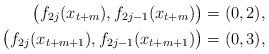
LaTeX: \begin{align*}\big(f_{2j}(x_{t+m}), f_{2j-1}(x_{t+m})\big) &= (0,2),\\\big(f_{2j}(x_{t+m+1}), f_{2j-1}(x_{t+m+1})\big) &= (0,3),\end{align*}